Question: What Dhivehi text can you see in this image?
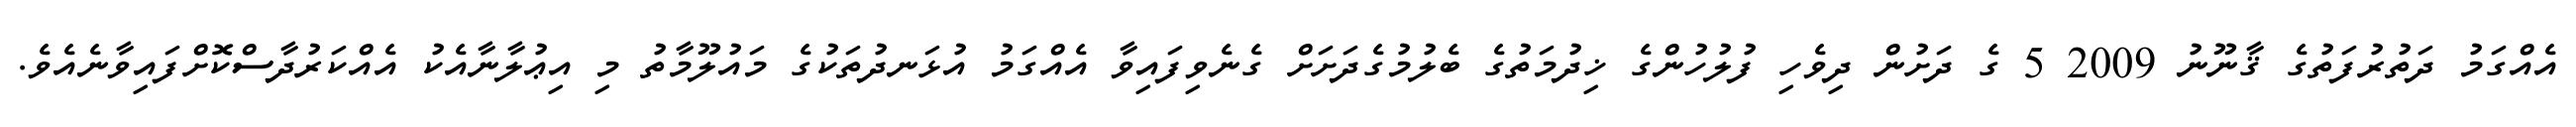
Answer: އެއްގަމު ދަތުރުފަތުގެ ޤާނޫނު 2009 5 ގެ ދަށުން ދިވެހި ފުލުހުންގެ ޚިދުމަތުގެ ބެލުމުގެދަށަށް ގެނެވިފައިވާ އެއްގަމު އުޅަނދުތަކުގެ މައުލޫމާތު މި އިޢުލާނާއެކު އެއްކަރުދާސްކޮށްފައިވާނެއެވެ.